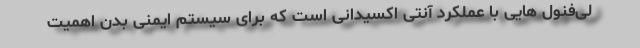
لی‌فنول هایی با عملکرد آنتی اکسیدانی است که برای سیستم ایمنی بدن اهمیت